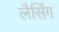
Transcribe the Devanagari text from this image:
लैसिंग